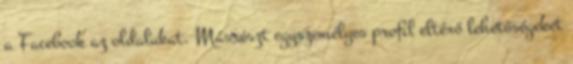
a Facebook az oldalukat. Másrészt egyszemélyes proﬁl eltérő lehetőségeket